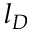
l _ { D }